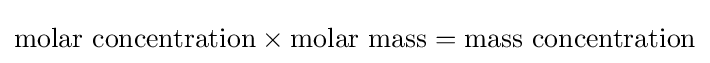
{\text{molar concentration}}\times {\text{molar mass}}={\text{mass concentration}}